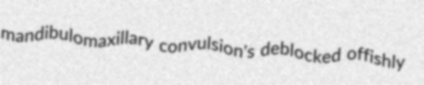
mandibulomaxillary convulsion's deblocked offishly